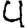
Digit: 4